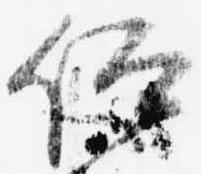
仰